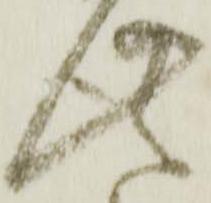
此